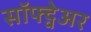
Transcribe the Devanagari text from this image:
सॉफ्ट्वेअर